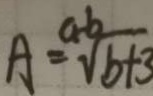
A = \sqrt [ a - b ] { b + 3 }